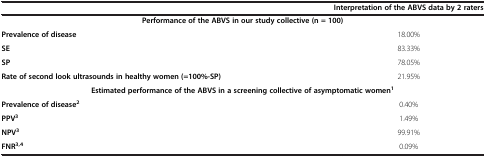
<table><thead><tr><td><b> </b></td><td><b>Interpretation of the ABVS data by 2 raters</b></td></tr></thead><tbody><tr><td colspan="2"><b>Performance of the ABVS in our study collective (n = 100)</b></td></tr><tr><td><b>Prevalence of disease</b></td><td>18.00%</td></tr><tr><td><b>SE</b></td><td>83.33%</td></tr><tr><td><b>SP</b></td><td>78.05%</td></tr><tr><td><b>Rate of second look ultrasounds in healthy women (=100%-SP)</b></td><td>21.95%</td></tr><tr><td colspan="2"><b>Estimated performance of the ABVS in a screening collective of asymptomatic women</b><sup><b>1</b></sup></td></tr><tr><td><b>Prevalence of disease</b><sup><b>2</b></sup></td><td>0.40%</td></tr><tr><td><b>PPV</b><sup><b>3</b></sup></td><td>1.49%</td></tr><tr><td><b>NPV</b><sup><b>3</b></sup></td><td>99.91%</td></tr><tr><td><b>FNR</b><sup><b>3,4</b></sup></td><td>0.09%</td></tr></tbody></table>